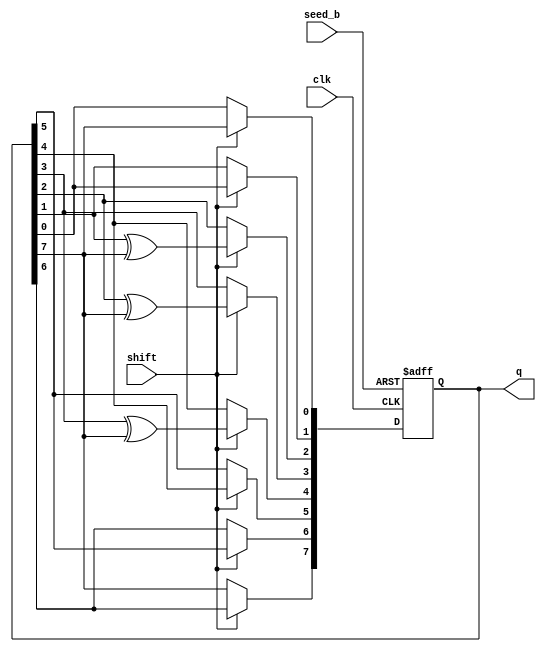
module lfsr(
    input clk, seed_b, shift,
    output reg [7:0] q
    );	 
	 
	 //Characteristic Eqn: x^8 + x^4 + x^3 + x^2 + 1
	 always @(posedge clk, negedge seed_b) begin
		if(~seed_b)
			q <= 8'b1111_1111;  //initial seed != 0
		else if(shift) begin
			q[0] <= q[7];
			q[1] <= q[0];
			q[2] <= q[1]^q[7];
			q[3] <= q[2]^q[7];
			q[4] <= q[3]^q[7];
			q[5] <= q[4];
			q[6] <= q[5];
			q[7] <= q[6];
		end
	 end
	 
endmodule